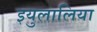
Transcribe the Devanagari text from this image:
इयुलालिया